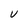
Character: V